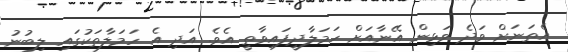
އެތަނަށް ވަދެ ވަޅިން އޭނާއަށް ހަމަލާދީފައިވާތީ އެވެ. އަދި އެ ހަމަލާތަކުގައި ލިބުނު